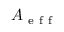
A _ { \mathrm { ~ e ~ f ~ f ~ } }